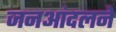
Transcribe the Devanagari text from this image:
जनआंदलने